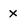
Character: x